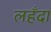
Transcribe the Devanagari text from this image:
लहँदा